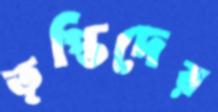
তৃপ্তিদের